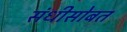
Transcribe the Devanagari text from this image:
संधीसोबत